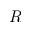
R